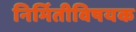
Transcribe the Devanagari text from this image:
निर्मितीविषयक